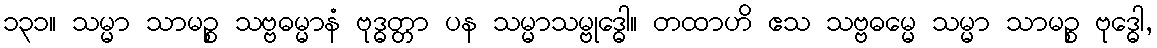
၁၃၁။ သမ္မာ သာမဉ္စ သဗ္ဗဓမ္မာနံ ဗုဒ္ဓတ္တာ ပန သမ္မာသမ္ဗုဒ္ဓေါ။ တထာဟိ ဧသ သဗ္ဗဓမ္မေ သမ္မာ သာမဉ္စ ဗုဒ္ဓေါ,